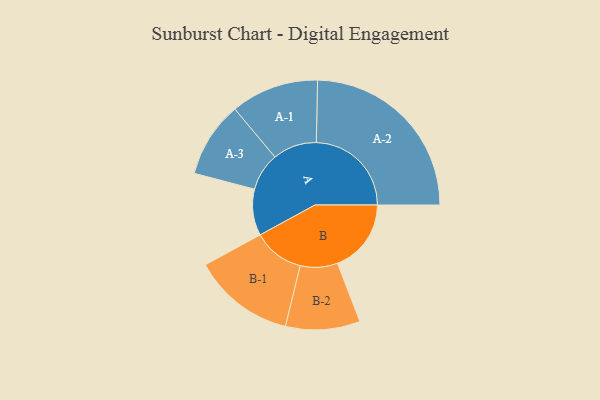
{"axis": {"x": "Segment", "y": "Value"}, "legend": ["", "A", "B"], "data": [{"x": "A", "y": 137, "type": ""}, {"x": "B", "y": 218, "type": ""}, {"x": "A-1", "y": 130, "type": "A"}, {"x": "A-2", "y": 281, "type": "A"}, {"x": "A-3", "y": 112, "type": "A"}, {"x": "B-1", "y": 151, "type": "B"}, {"x": "B-2", "y": 110, "type": "B"}]}